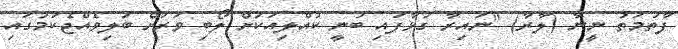
ފާތުމަތު ނީނާ (ލާރާ) "ނައިރާ ގުޅާފައި ބުނީ ކުއްލިއަކަށް ލޯބި ވަރަށް ބަލިވެއްޖެކަމުގައި